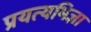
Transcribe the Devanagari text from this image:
प्रयत्यभिज्ञा